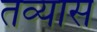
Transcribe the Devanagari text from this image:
तव्यास